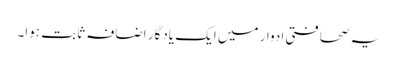
یہ صحافتی ادوار میں ایک یادگار اضافہ ثابت ہوا۔